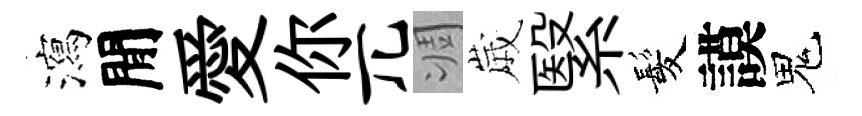
瀉閒愛你兀凋𡻕繄髪謨鬼